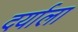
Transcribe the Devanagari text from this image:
दर्याला